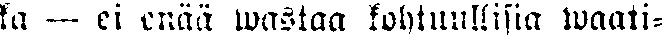
ka — ei einää wastaa kohtuullisia waati-